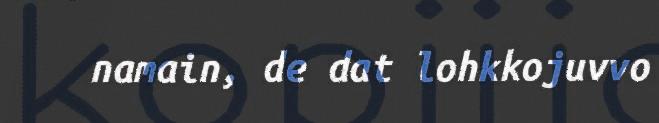
namain, de dat lohkkojuvvo